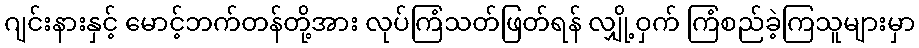
ဂျင်းနားနှင့် မောင့်ဘက်တန်တို့အား လုပ်ကြံသတ်ဖြတ်ရန် လျှို့ဝှက် ကြံစည်ခဲ့ကြသူများမှာ